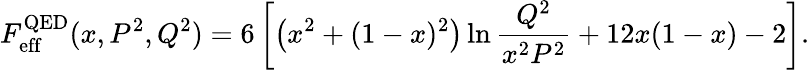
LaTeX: F_{\mathrm{eff}}^{\mathrm{QED}}(x,P^{2},Q^{2})=6\left[\left(x^{2}+(1-x)^{2}\right)\ln\frac{Q^{2}}{x^{2}P^{2}}+12x(1-x)-2\right].